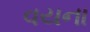
વયના